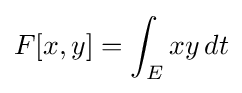
F[x,y]=\int _{E}xy\,dt